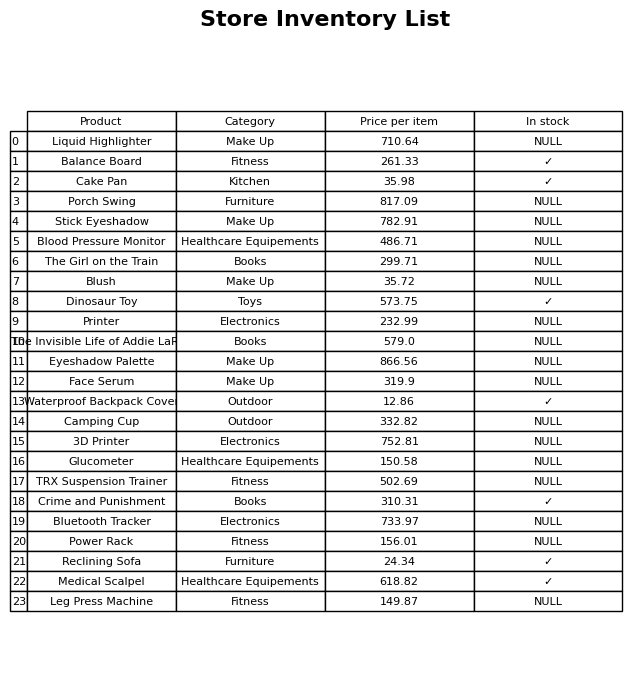
question: Is the Blood Pressure Monitor in stock?
answer: NULL